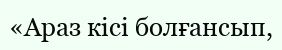
«Араз кісі болғансып,